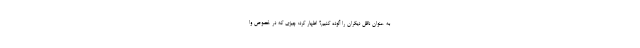
به عنوان ناقل دیگران را آلوده کنیم؟ اظهار کرد: چیزی که در خصوص وا